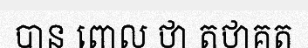
បាន ពោល ថា តថាគត